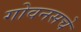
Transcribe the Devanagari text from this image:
गोवनसचे